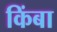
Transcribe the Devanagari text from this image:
किंबा